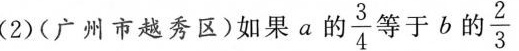
(2)(广州市越秀区)如果a的\frac{3}{4}等于b的 \frac{2}{3}